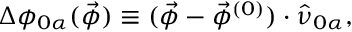
\Delta \phi _ { 0 \alpha } ( \vec { \phi } ) \equiv ( \vec { \phi } - \vec { \phi } ^ { ( 0 ) } ) \cdot \hat { \nu } _ { 0 \alpha } ,